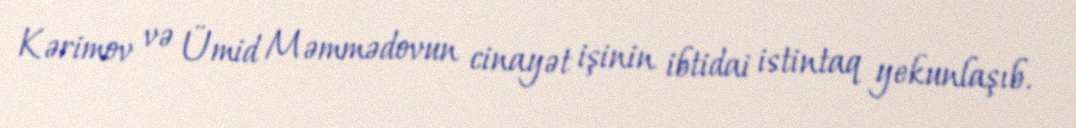
Kərimov və Ümid Məmmədovun cinayət işinin ibtidai istintaq yekunlaşıb.